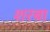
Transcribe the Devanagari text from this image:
शरबा